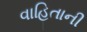
વાહિતાની